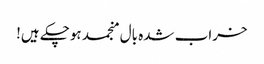
خراب شدہ بال منجمد ہوچکے ہیں!